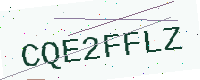
Text: CQE2FFLZ